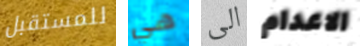
للمستقبل هي الى الاعدام